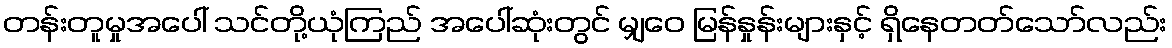
တန်းတူမှုအပေါ် သင်တို့ယုံကြည် အပေါ်ဆုံးတွင် မျှဝေ မြန်နှုန်းများနှင့် ရှိနေတတ်သော်လည်း